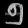
Digit: ၅